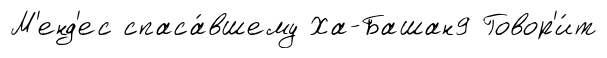
М'енд'ес спаса́вшему Ха-Башан9 Говор'и́т